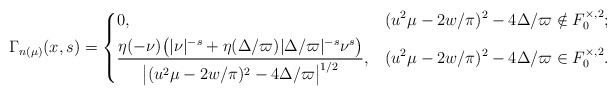
\begin{align*} \Gamma_{n(\mu)}(x,s) = \begin{dcases} 0, & (u^2\mu-2w/\pi)^2-4\Delta /\varpi\notin F_0^{\times, 2};\\ \frac{\eta(-\nu)\bigl(|\nu|^{-s}+\eta(\Delta/\varpi) |\Delta/\varpi|^{-s}\nu^{s}\bigr)} {\bigl|(u^2\mu-2w/\pi)^2-4\Delta /\varpi \bigr|^{1/2}}, & (u^2\mu-2w/\pi)^2-4\Delta /\varpi\in F_0^{\times, 2} . \end{dcases}\end{align*}